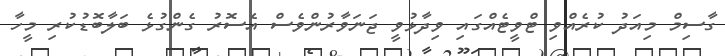
ގާސިމް މިއަދު ކުރެއްވި ޓްވީޓެއްގައި ވިދާޅުވީ ޖަނަވާރުންވެސް އެސޮރު ގެންގުޅެ ބަލާބޮޑުކުރި މީހާ